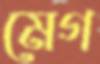
মেগ